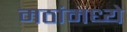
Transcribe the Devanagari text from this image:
मठांमध्ये